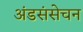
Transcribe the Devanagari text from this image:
अंडसंसेचन